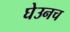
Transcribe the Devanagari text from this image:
घेउनच